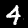
Digit: 4